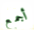
أجمع